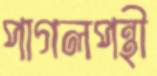
পাগলপন্থী